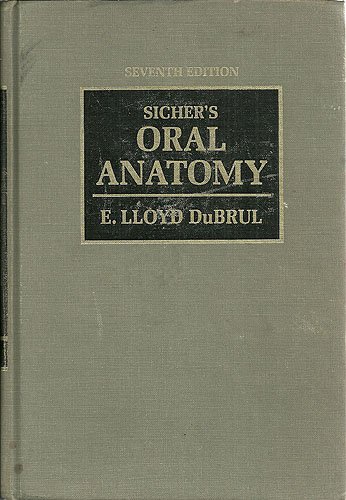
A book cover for Sicher's Oral Anatomy; E. Lloyd. Du Brul; Medical Books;